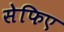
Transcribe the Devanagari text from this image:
सेफिए